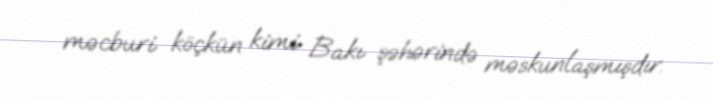
məcburi köçkün kimi Bakı şəhərində məskunlaşmışdır.